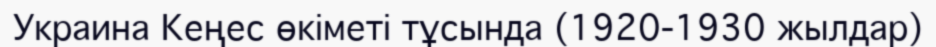
Украина Кеңес өкіметі тұсында (1920-1930 жылдар)